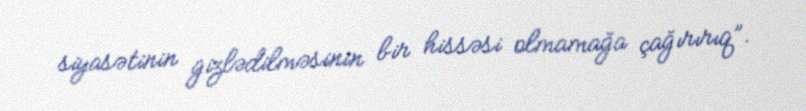
siyasətinin gizlədilməsinin bir hissəsi olmamağa çağırırıq”.